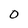
Character: O